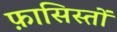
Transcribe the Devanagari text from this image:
फ़ासिस्तों